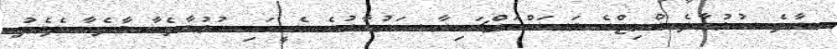
މާލެ  ހުޅުމާލެ ބްރިޖްގެ މަސައްކަތްޗައިނާ ސަރުކާރުގެ އެހީގައި ހުޅުމާލެއާ މާލެއާ ދެމެދު